Report on vaccination in Madras 1922-1929 - 1922-1929
Year: 1922
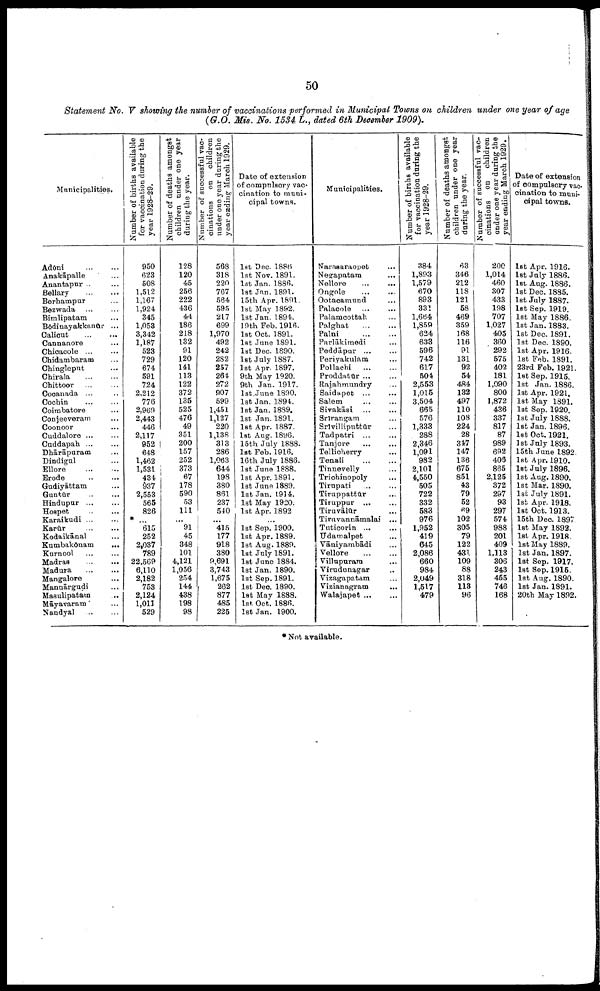
50
Statement No. V showing the number of vaccinations performed in Municipal Towns on children under one year of age
(G.O. Mis. No. 1534 L., dated 6th December
1909).
Municipalities.
Adōni
…
…
Anakāpalle …
Anantapur ...
Bellary
…
…
Berhampur
Bezwada … …
Bimlipatam …
Bōdinayakkanūr ...
Calicut … …
Cannanore …
Chicacole
...
...
Chidambaram ...
Chingleput ...
Chirala
...
...
Chittoor
…
…
Cocanada ... …
Cochin ……
Coimbatore …
Conjeeveram …
Coonoor …
Cuddalore … …
Cuddapah ... …
Dhārāpuram …
Dindigul …
Ellore
…
…
Erode
…
…
Gudiyāttam …
Guntūr … …
Hindupur … …
Hospet
…
…
Karaikudi … …
Karūr
…
…
Kodaikānal …
Kumbakōnam
...
Kurnool
…
…
Madras
...
...
Madura … …
Mangalore …
Mannārgudi …
Masulipatam
Māyavaram …
Nandyal … …
Number of births available
for vaccination daring the
year 1928-29.
950
623
508
1,512
1,167
1,924
345
1,053
3,342
1,187
523
729
674
591
724
2,212
776
2,969
2,443
446
2,117
952
648
1,462
1,531
434
937
2,553
565
826
* …
615
252
2,037
789
22,569
6,110
2,182
753
2,124
1,011
529
Number of deaths amongst
children under one year
during the year.
128
120
45
256
222
436
44
186
218
132
91
120
141
113
122
372
135
525
476
49
351
200
157
252
373
67
178
590
53
111
...
91
45
348
101
4,121
1,056
254
144
438
198
98
Number of successful vac
cinations on children
under one year daring the
year ending March 1929.
568
318
220
767
564
595
217
699
1,970
492
242
282
257
264
272
907
599
1,451
1,127
220
1,138
313
286
1,063
644
198
380
861
237
540
...
415
177
918
380
9,691
3,743
1,675
262
877
485
225
Date of extension
of compulsory vac
cination to muni
cipal towns.
1st Dec. 1886
lst Nov. 1891.
1st Jan. 1886.
1st Jan. 1891.
15th Apr. 1891.
1st May. 1892.
1st Jan. 1894.
19th Feb.1916.
1st Oct. 1891.
1st June. 1891.
1st Dec. 1890.
1st July. 1887.
1st Apr. 1897.
9th May. 1920.
9th Jan. 1917.
1st. June. 1890.
1st Jan. 1894.
1st Jan. 1889.
1st Jan.1891.
1st Apr. 1887.
1st Aug. 1896.
15th July. 1888.
1st Feb. 1916.
16th July. 1886.
1st June. 1888.
1st Apr. 1891.
1st June. 1889.
1st Jan. 1914.
1st May. 1920.
1st Apr. 1892.
...
1st Sep. 1900.
1st Apr. 1889.
1st Aug. 1889.
1st July. 1891.
1st Jane. 1884.
1st Jan. 1890.
1st Sep. 1891.
1st Dec. 1890.
1st May. 1888.
1st Oct. 1886.
1st Jan. 1900.
Municipalities.
Narasaraopet …
Negapatam …
Nellore … …
Ongole … …
Ootacamund …
Palacole … …
Palamcottah …
Palghat … …
Palni
…
…
Parlākimedi …
Peddāpur ... ...
Periyakulam ...
Pollachi
...
...
Proddatūr ... …
Rajahmundry …
Saidapet ... …
Salem
…
…
Sivakāsi … …
Srirangam …
Srivilliputtūr …
Tadpatri ... …
Tanjore … …
Tellicherry …
Tenali
…
…
Tinnevelly …
Trichinopoly …
Tirupati … …
Tiruppattur …
Tiruppur ... …
Tiruvālūr …
Tiruvannāmalai ...
Tuticorin ... ...
Udamalpet …
Vāniyambādi …
Vellore … …
Villupuram …
Virudunagar …
Vizagapatam …
Vizianagram
...
Walajapet ... …
Number of births available
for vaccination during the
year 1928-29.
384
1,893
1,579
670
893
331
1,664
1,859
624
633
596
742
617
504
2,553
1,015
3,504
665
576
1,333
288
2,346
1,091
982
2,101
4,550
505
722
332
583
976
1,952
419
645
2,086
660
984
2,049
1,517
479
Number of deaths amongst
children under one year
during the year.
63
346
212
118
121
58
460
359
168
116
91
131
92
54
484
132
497
110
108
224
28
347
147
136
675
851
43
79
52
69
102
305
79
122
431
109
88
318
113
96
Number of successful vac¬
cinations on children
under one year during the
year ending March 1929.
200
1,014
460
307
433
198
707
1,027
405
360
292
575
402
181
1,090
800
1,872
436
337
817
87
989
692
408
865
2,125
372
297
93
297
574
988
201
409
1,113
306
243
455
746
168
Date of extension
of compulsory vac
cination to muni
cipal towns.
1st Apr. 1916.
1st July. 1886.
1st Aug. 1886.
1st Dec. 1885.
1st July. 1887.
1st Sep. 1919.
1st May. 1886.
1st Jan.1883.
1st Dec. 1891.
1st Dec. 1890.
1st Apr. 1916.
1st Feb. 1891.
23rd Feb. 1921.
1st Sep. 1915.
1st Jan. 1886.
1st Apr. 1921.
1st May. 1891.
1st Sep. 1920.
1st July 1888.
1st Jan. 1896.
1st Oct. 1921.
1st July. 1893.
15th June. 1892.
1st Apr. 1910.
1st July. 1896.
1st Aug. 1890.
1st Mar. 1890.
1st July. 1891.
1st Apr. 1918.
1st Oct. 1913.
15th Dec. 1897.
1st May. 1892.
1st Apr. 1918.
1st May. 1889.
1st Jan. 1897.
1st Sep. 1917.
1st Sep.1915.
1st Aug. 1890.
1st Jan. 1891.
20th May. 1892.
* Not available.